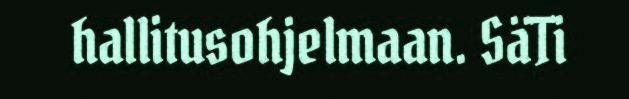
hallitusohjelmaan. SäTi